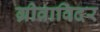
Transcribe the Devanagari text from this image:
ग्रीवाविदर